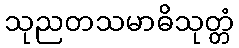
သုညတသမာဓိသုတ္တံ